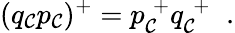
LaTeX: (q_{\cal C}p_{\cal C})^{+}=p_{\cal C}^{\; +}q_{\cal C}^{\; +}\; \; .